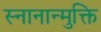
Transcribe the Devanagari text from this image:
स्नानान्मुक्ति